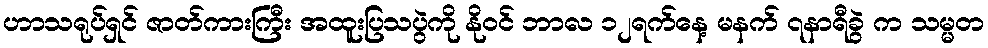
ဟာသရုပ်ရှင် ဇာတ်ကားကြီး အထူးပြသပွဲကို နိုဝင် ဘာလ ၁၂ရက်နေ့ မနက် ၇နာရီခွဲ က သမ္မတ